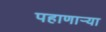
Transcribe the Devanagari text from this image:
पहाणार्‍या